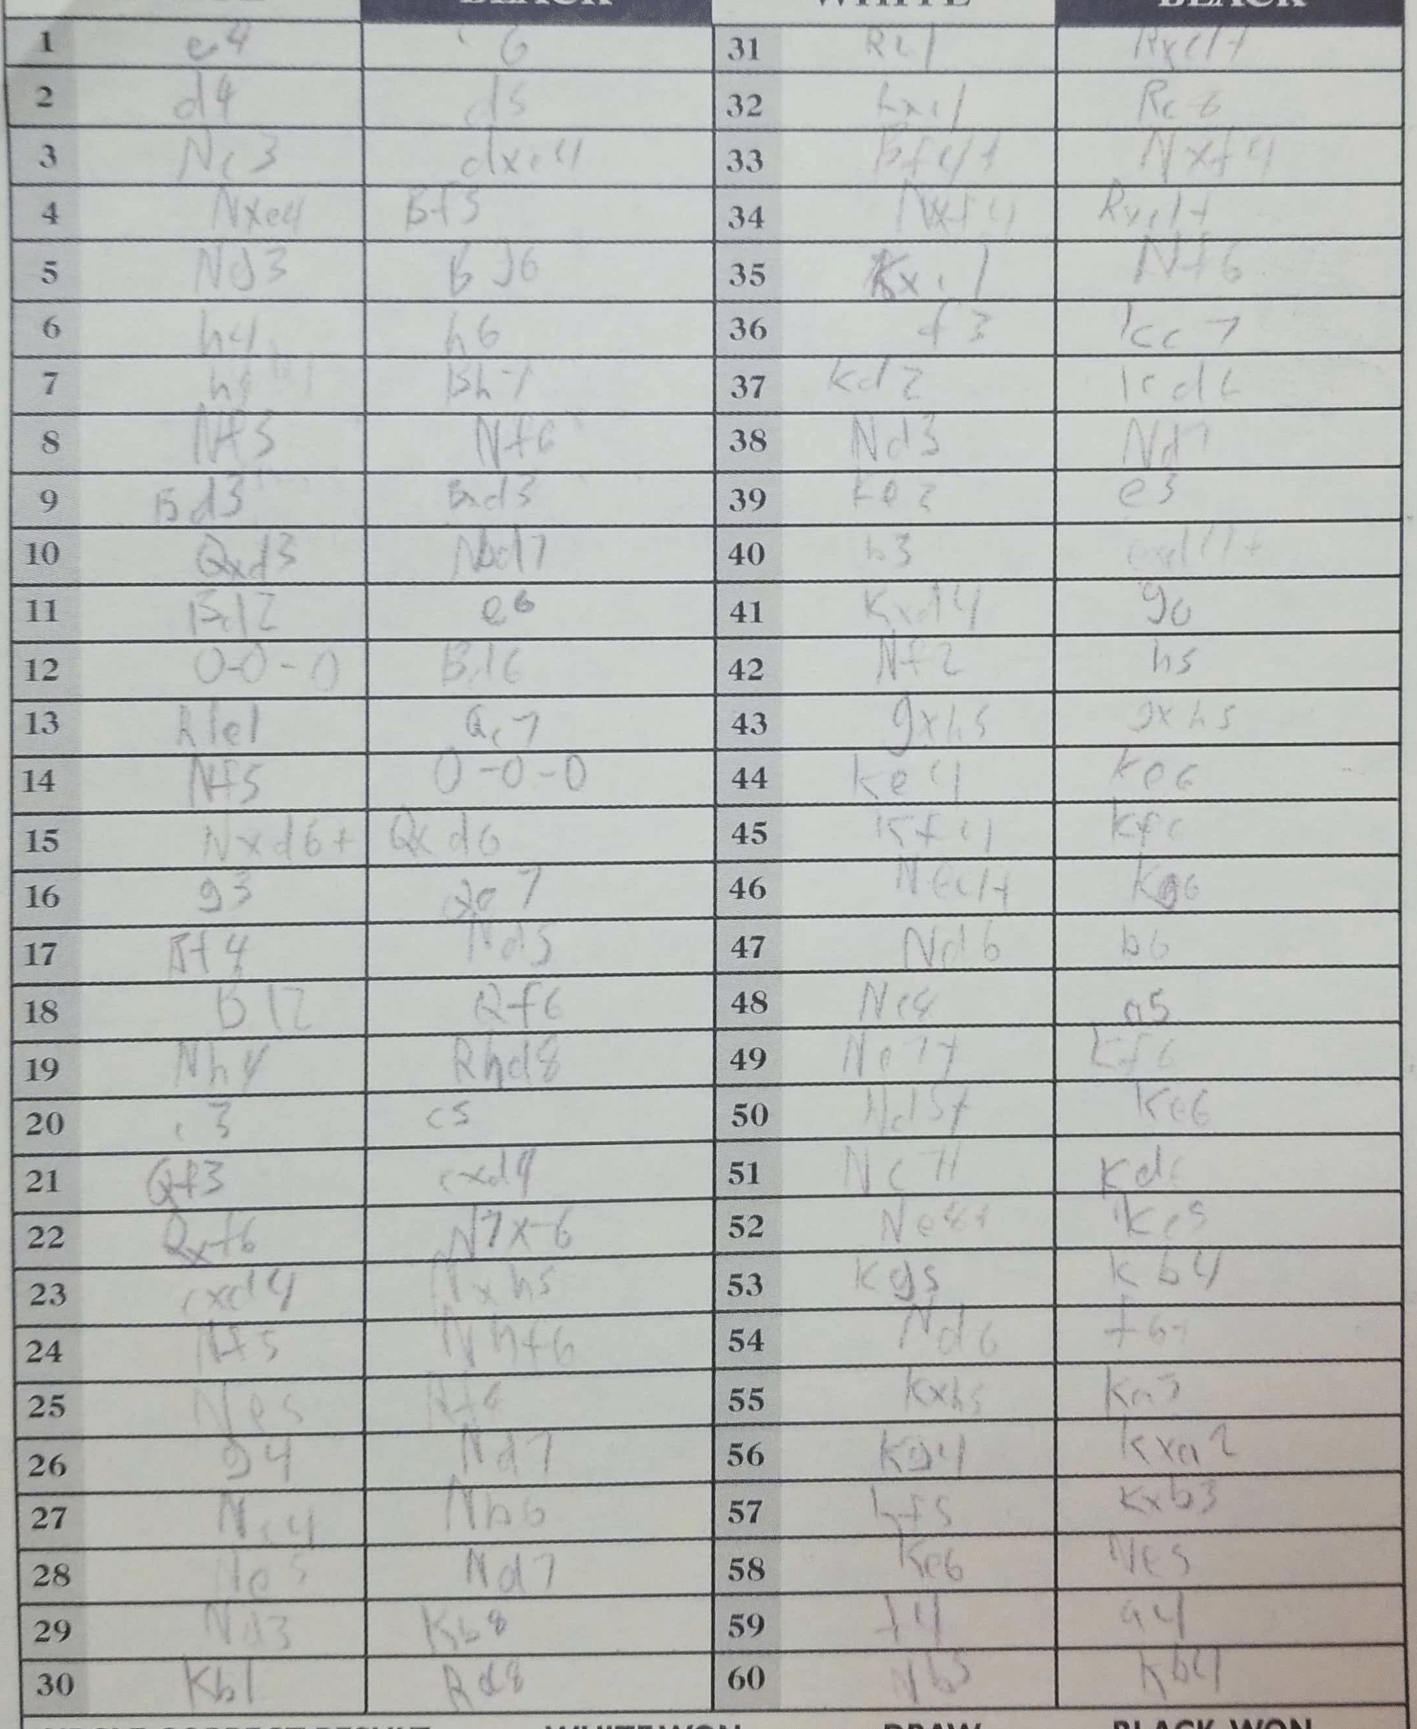
Moves: e4 c6 d4 d5 Nc3 dxe4 Nxe4 Bf5 Ng3 Bd6 h4 h6 h5 Bh7 Nf3 Nf6 Bd3 Bxd3 Qxd3 Nd7 Bd2 e6 O-O-O Bd6 Rde1 Qc7 Nf5 O-O-O Nxd6+ Qxd6 g3 Qe7 Bf4 Nd5 Bd2 Qf6 Nh4 Rhe8 c3 c5 Qf3 cxd4 Qxf6 N7xf6 cxd4 Nxh5 Nf5 Nhf6 Ne5 Rf8 g4 Nd7 Nc4 N7b6 Ne5 Nd7 Nd3 Kb8 Kb1 Rc8 Rc1 Rxc1+ Rxc1 Rc8 Bf4+ Nxf4 Nxf4 Rxc1+ Kxc1 Nf6 f3 Kc7 Kd2 Kd6 Nd3 Nd7 Ke3 e5 b3 exd4+ Kxd4 g6 Nf2 h5 gxh5 gxh5 Ke4 Ke6 Kf4 Kf6 Ne4+ Kg6 Nd6 b6 Nc8 a5 Ne7+ Kf6 Nd5+ Ke6 Nc7+ Kd6 Ne8+ Kc5 Kg5 Kb4 Nd6 f6+ Kxh5 Ka3 Kg4 Kxa2 Kf5 Kxb3 Ke6 Ne5 f4 a4 Nb5 Kb4